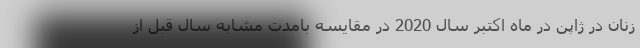
زنان در ژاپن در ماه اکتبر سال 2020 در مقایسه بامدت مشابه سال قبل از